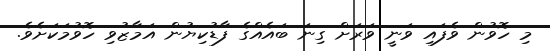
މި ހޮވުން ވެފައި ވަނީ ވަރަށް ގިނަ ބައެއްގެ ފާޑުކިޔުން އަމާޒުވި ހޮވުމަކަށެވެ.